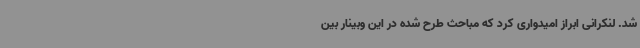
شد. لنکرانی ابراز امیدواری کرد که مباحث طرح شده در این وبینار بین